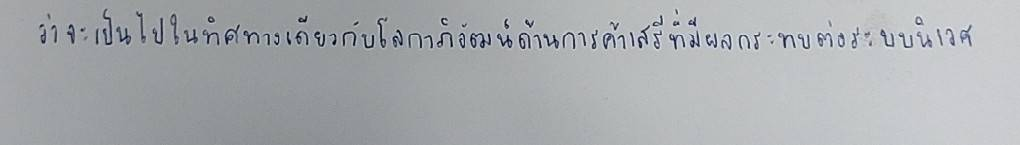
ว่าจะเป็นไปในทิศทางเดียวกับโลกาภิวัตน์ด้านการค้าเสรีที่มีผลกระทบต่อระบบนิเวศ